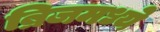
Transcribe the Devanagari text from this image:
ब्रिजमध्ये